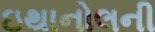
ઇથાનોલની